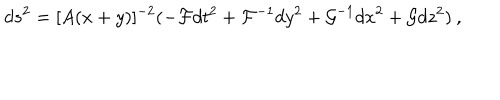
d s ^ { 2 } = [ A ( x + y ) ] ^ { - 2 } ( - { \cal F } d t ^ { 2 } + { \cal F } ^ { - 1 } d y ^ { 2 } + { \cal G } ^ { - 1 } d x ^ { 2 } + { \cal G } d z ^ { 2 } ) \: ,